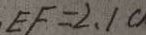
E F = 2 , 1 c